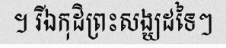
។ រីឯកុដិព្រះសង្ឃដទៃៗ